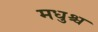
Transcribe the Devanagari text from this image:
मधुश्च